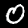
Digit: 0